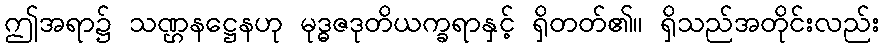
ဤအရာ၌ သဏ္ဌနဋ္ဌေနဟု မုဒ္ဓဇဒုတိယက္ခရာနှင့် ရှိတတ်၏။ ရှိသည်အတိုင်းလည်း